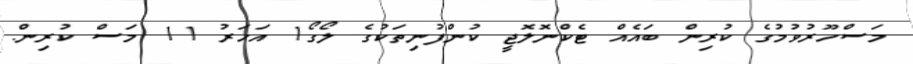
މަސްހޫރުވުމުގެ ކުރިން ބައެއް ޓެކްނޮލޮޖީ ކުންފުނިތަކުގެ ލޯގޯ1 އަހަރު 11 މަސް ކުރިން.